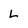
Character: L